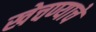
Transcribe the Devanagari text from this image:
खेचण्याचे